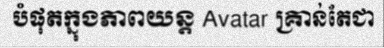
បំផុតក្នុងភាពយន្ត Avatar គ្រាន់តែជា